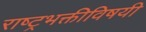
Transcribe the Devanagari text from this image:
राष्ट्रभक्तीविषयी